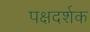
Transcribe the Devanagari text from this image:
पक्षदर्शक